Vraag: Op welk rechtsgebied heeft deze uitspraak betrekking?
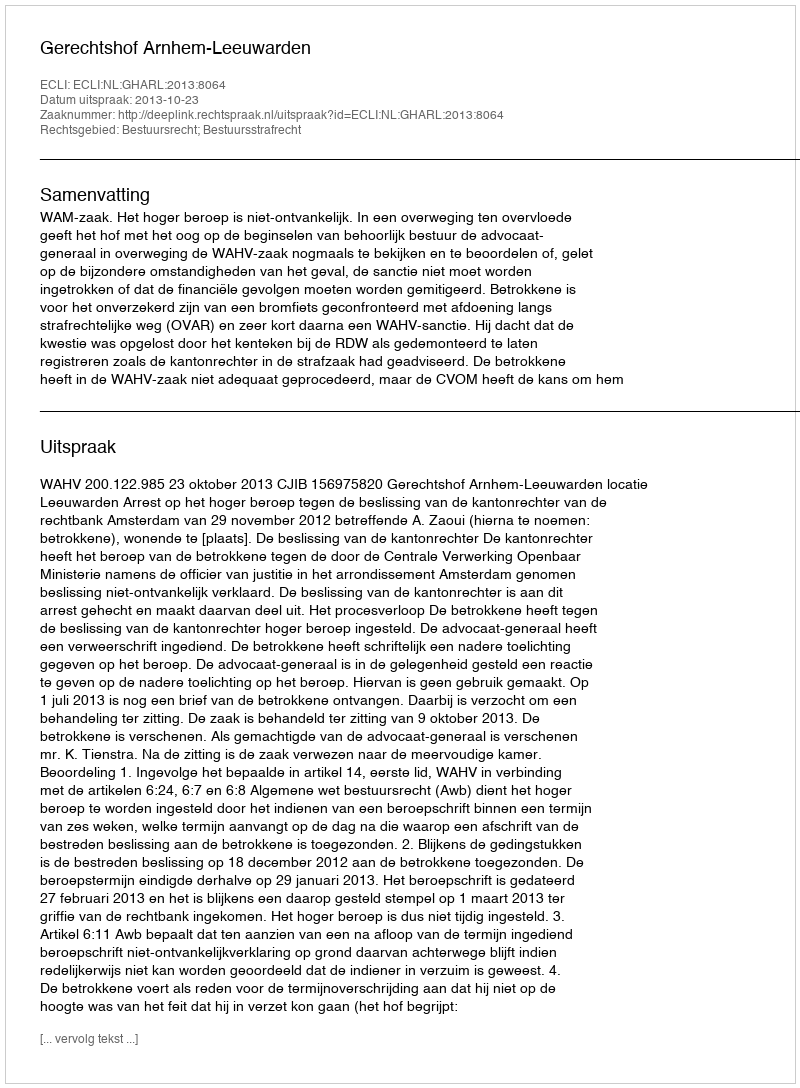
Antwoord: Bestuursrecht; Bestuursstrafrecht